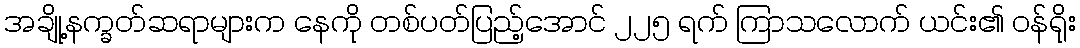
အချို့နက္ခတ်ဆရာများက နေကို တစ်ပတ်ပြည့်အောင် ၂၂၅ ရက် ကြာသလောက် ယင်း၏ ဝန်ရိုး